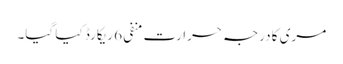
مری کا درجہ حرارت منفی 6 ریکارڈ کیا گیا۔